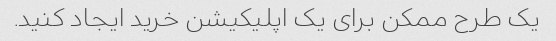
یک طرح ممکن برای یک اپلیکیشن خرید ایجاد کنید.